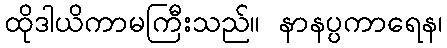
ထိုဒါယိကာမကြီးသည်။ နာနပ္ပကာရေန၊